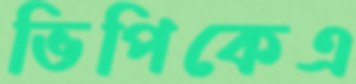
ভিপিকেএ